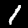
Digit: 1